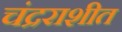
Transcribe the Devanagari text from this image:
चंद्रराशीत